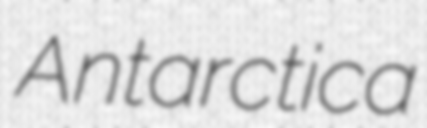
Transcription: Antarctica